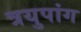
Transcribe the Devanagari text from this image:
त्रयुपांग